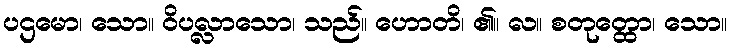
ပဌမော၊ သော။ ဝိပလ္လာသော၊ သည်။ ဟောတိ၊ ၏။ လ။ စတုတ္ထော၊ သော။